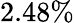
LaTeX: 2.48\%